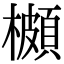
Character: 櫇